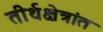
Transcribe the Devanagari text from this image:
तीर्थक्षेत्रांत